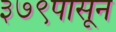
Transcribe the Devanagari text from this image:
३७९पासून